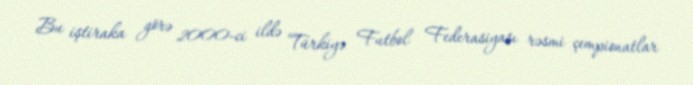
Bu iştiraka görə 2000-ci ildə Türkiyə Futbol Federasiyası rəsmi çempionatlar